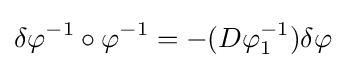
\delta \varphi ^{-1}\circ \varphi ^{-1}=-(D\varphi _{1}^{-1})\delta \varphi